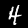
Label: 4